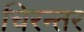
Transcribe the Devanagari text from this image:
चिरन्तर